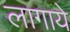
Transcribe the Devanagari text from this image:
लागाये